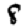
Digit: 8